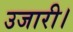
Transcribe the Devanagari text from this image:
उजारी।